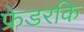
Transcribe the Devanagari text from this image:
फ्रेडरकि